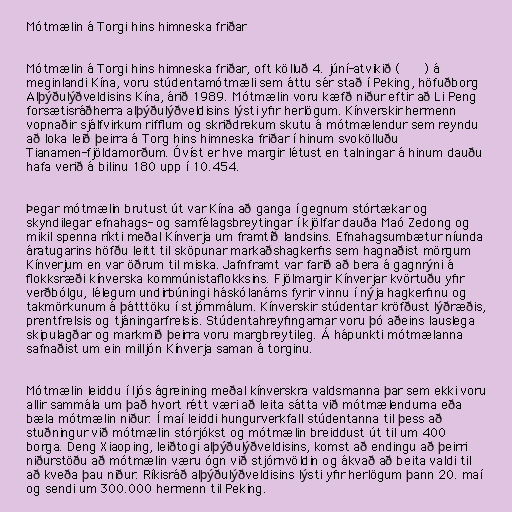
Mótmælin á Torgi hins himneska friðar

Mótmælin á Torgi hins himneska friðar, oft kölluð 4. júní-atvikið (六四事件) á
meginlandi Kína, voru stúdentamótmæli sem áttu sér stað í Peking, höfuðborg
Alþýðulýðveldisins Kína, árið 1989. Mótmælin voru kæfð niður eftir að Li Peng
forsætisráðherra alþýðulýðveldisins lýsti yfir herlögum. Kínverskir hermenn
vopnaðir sjálfvirkum rifflum og skriðdrekum skutu á mótmælendur sem reyndu
að loka leið þeirra á Torg hins himneska friðar í hinum svokölluðu
Tianamen-fjöldamorðum. Óvíst er hve margir létust en talningar á hinum dauðu
hafa verið á bilinu 180 upp í 10.454.

Þegar mótmælin brutust út var Kína að ganga í gegnum stórtækar og
skyndilegar efnahags- og samfélagsbreytingar í kjölfar dauða Maó Zedong og
mikil spenna ríkti meðal Kínverja um framtíð landsins. Efnahagsumbætur níunda
áratugarins höfðu leitt til sköpunar markaðshagkerfis sem hagnaðist mörgum
Kínverjum en var öðrum til miska. Jafnframt var farið að bera á gagnrýni á
flokksræði kínverska kommúnistaflokksins. Fjölmargir Kínverjar kvörtuðu yfir
verðbólgu, lélegum undirbúningi háskólanáms fyrir vinnu í nýja hagkerfinu og
takmörkunum á þátttöku í stjórnmálum. Kínverskir stúdentar kröfðust lýðræðis,
prentfrelsis og tjáningarfrelsis. Stúdentahreyfingarnar voru þó aðeins lauslega
skipulagðar og markmið þeirra voru margbreytileg. Á hápunkti mótmælanna
safnaðist um ein milljón Kínverja saman á torginu.

Mótmælin leiddu í ljós ágreining meðal kínverskra valdsmanna þar sem ekki voru
allir sammála um það hvort rétt væri að leita sátta við mótmælendurna eða
bæla mótmælin niður. Í maí leiddi hungurverkfall stúdentanna til þess að
stuðningur við mótmælin stórjókst og mótmælin breiddust út til um 400
borga. Deng Xiaoping, leiðtogi alþýðulýðveldisins, komst að endingu að þeirri
niðurstöðu að mótmælin væru ógn við stjórnvöldin og ákvað að beita valdi til
að kveða þau niður. Ríkisráð alþýðulýðveldisins lýsti yfir herlögum þann 20. maí
og sendi um 300.000 hermenn til Peking.